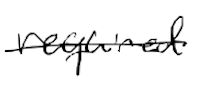
Text: required
Cross-out: single-line
Writing tool: digital_black